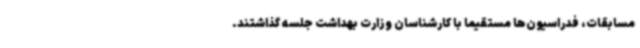
مسابقات، فدراسیون‌ها مستقیما با کارشناسان وزارت بهداشت جلسه گذاشتند.